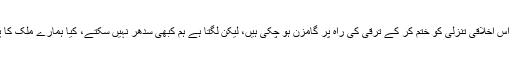
بہت ساری قومیں اس اخلاقی تنزلی کو ختم کر کے ترقی کی راہ پر گامزن ہو چکی ہیں، لیکن لگتا ہے ہم کبھی سدھر نہیں سکتے، کیا ہمارے ملک کا پانی ہی ایسا ہے ؟